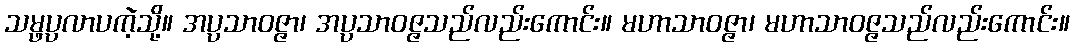
သမ္ဖပ္ပလာပကဲ့သို့။ အပ္ပသာဝဇ္ဇာ၊ အပ္ပသာဝဇ္ဇသည်လည်းကောင်း။ မဟာသာဝဇ္ဇာ၊ မဟာသာဝဇ္ဇသည်လည်းကောင်း။